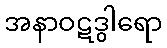
အနာဝဋဒွါရော